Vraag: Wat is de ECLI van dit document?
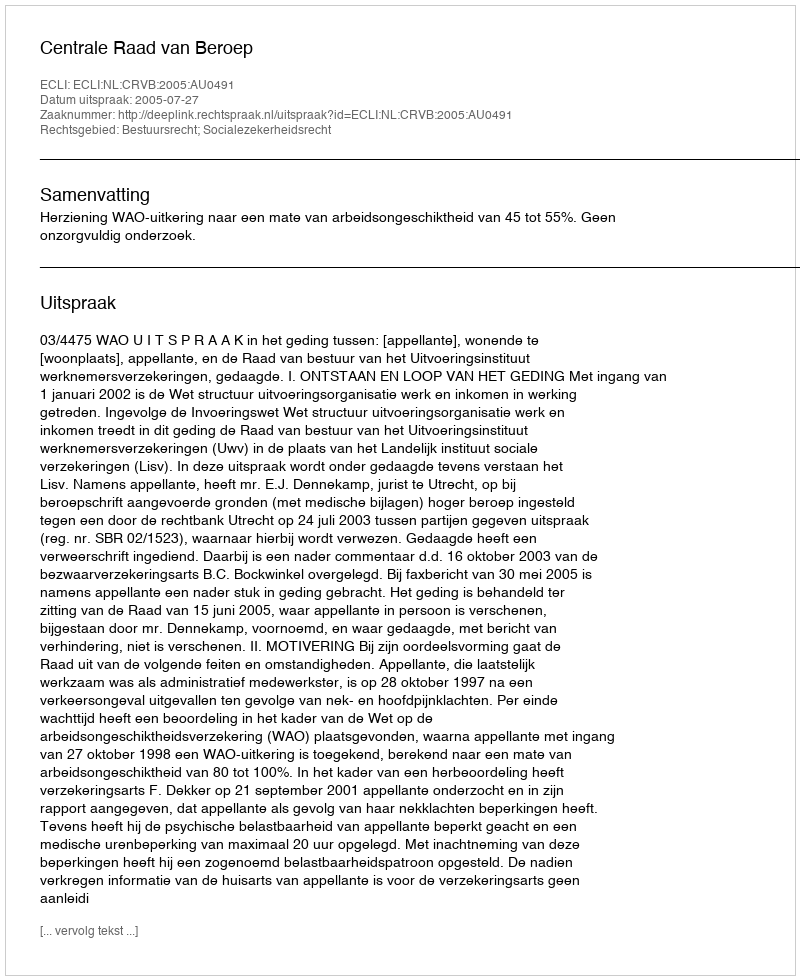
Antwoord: ECLI:NL:CRVB:2005:AU0491